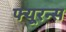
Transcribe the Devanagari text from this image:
फ्यूरन्स